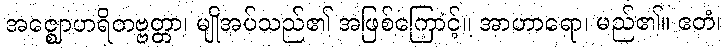
အဇ္ဈောဟရိတဗ္ဗတ္တာ၊ မျိုအပ်သည်၏ အဖြစ်ကြောင့်။ အာဟာရော၊ မည်၏။ ဧတံ၊